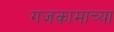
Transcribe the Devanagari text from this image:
गजकामाच्या